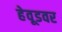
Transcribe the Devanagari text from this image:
हेवूडवर